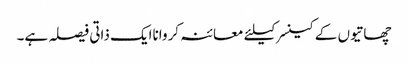
چھاتیوں کے کینسرکیلئے معائنہ کرواناایک ذاتی فیصلہ ہے۔